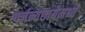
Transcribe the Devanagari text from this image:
पर्जन्यछायेमध्ये